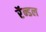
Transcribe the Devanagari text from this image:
रॅन्डल